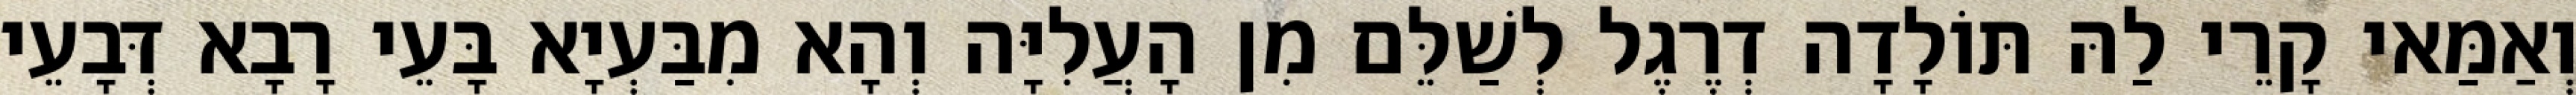
וְאַמַּאי קָרֵי לַהּ תּוֹלָדָה דְרֶגֶל לְשַׁלֵּם מִן הָעֲלִיָּה וְהָא מִבַּעְיָא בָּעֵי רָבָא דְּבָעֵי